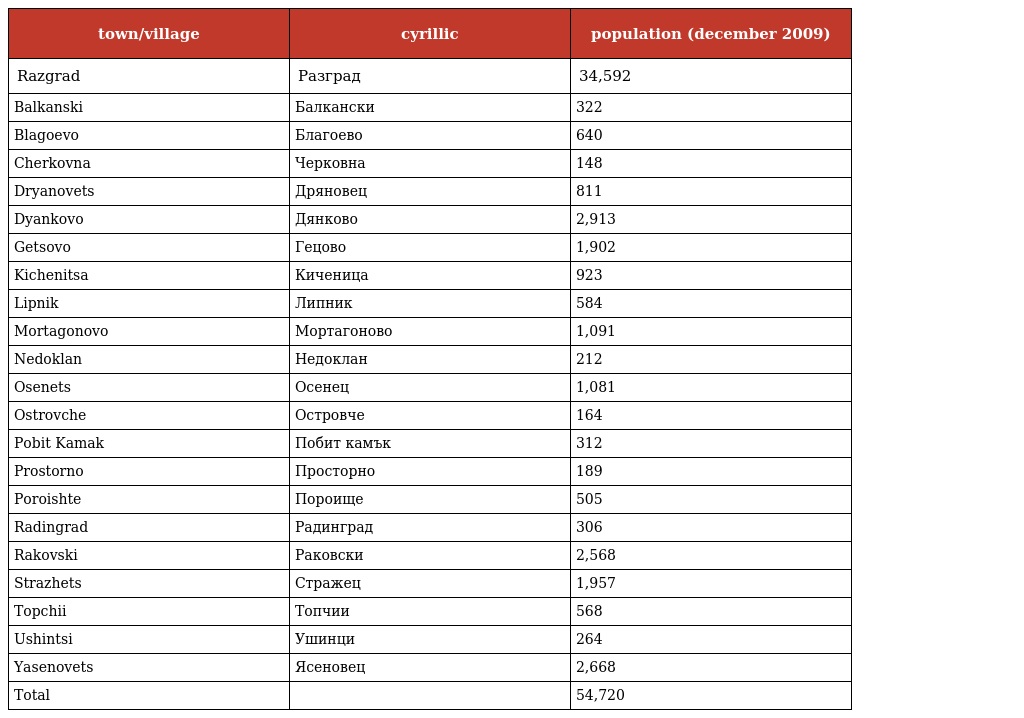
| town/village | cyrillic | population (december 2009) |
 | --- | --- | --- |
 | Razgrad | Разград | 34,592 |
 | Balkanski | Балкански | 322 |
 | Blagoevo | Благоево | 640 |
 | Cherkovna | Черковна | 148 |
 | Dryanovets | Дряновец | 811 |
 | Dyankovo | Дянково | 2,913 |
 | Getsovo | Гецово | 1,902 |
 | Kichenitsa | Киченица | 923 |
 | Lipnik | Липник | 584 |
 | Mortagonovo | Мортагоново | 1,091 |
 | Nedoklan | Недоклан | 212 |
 | Osenets | Осенец | 1,081 |
 | Ostrovche | Островче | 164 |
 | Pobit Kamak | Побит камък | 312 |
 | Prostorno | Просторно | 189 |
 | Poroishte | Пороище | 505 |
 | Radingrad | Радинград | 306 |
 | Rakovski | Раковски | 2,568 |
 | Strazhets | Стражец | 1,957 |
 | Topchii | Топчии | 568 |
 | Ushintsi | Ушинци | 264 |
 | Yasenovets | Ясеновец | 2,668 |
 | Total |  | 54,720 |